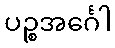
ပဉ္စအင်္ဂေါ